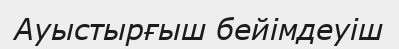
Ауыстырғыш бейімдеуіш